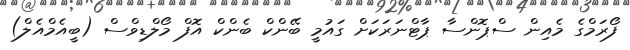
ފޯރަމްގެ މެއިން ސްޕޮންސާ ޕާޓްނަރަކަށް ގައުމީ ބޭންކް ބެންކް އޮފް މޯލްޑިވްސް (ބީއެމްއެލް)